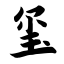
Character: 玺